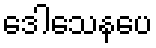
ဒေါသေနပေ